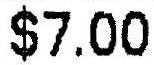
$7.00